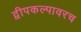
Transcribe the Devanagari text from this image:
द्वीपकल्पावरच